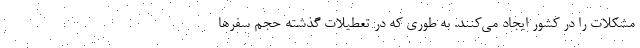
مشکلات را در کشور ایجاد می‌کنند. به طوری که در تعطیلات گذشته حجم سفرها